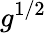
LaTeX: g^{{1/2}}